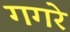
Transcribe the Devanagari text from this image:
गगरे